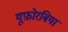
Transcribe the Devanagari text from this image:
यूफ़ोरबिया